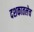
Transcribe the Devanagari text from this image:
दशकातलेच